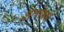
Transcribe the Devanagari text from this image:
अलोहस